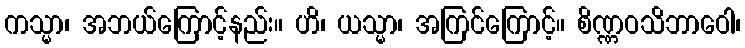
ကသ္မာ၊ အဘယ်ကြောင့်နည်း။ ဟိ၊ ယသ္မာ၊ အကြင်ကြောင့်။ စိဏ္ဏဝသိဘာဝေါ၊